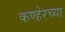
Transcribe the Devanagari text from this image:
कण्हेरच्या